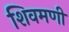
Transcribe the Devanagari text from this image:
शिवमणी